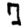
Digit: 7